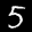
Label: 5